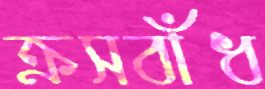
ক্রসবাঁধ